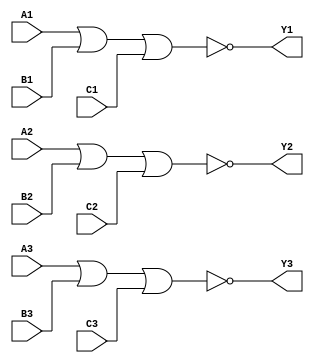
module mod_7427 (
	input A1, input B1, input C1, output Y1, 
	input A2, input B2, input C2, output Y2, 
	input A3, input B3, input C3, output Y3 
);
	assign Y1 = !(A1 | B1 | C1);
	assign Y2 = !(A2 | B2 | C2);
	assign Y3 = !(A3 | B3 | C3);
endmodule